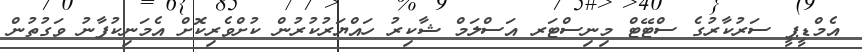
އެމްޑީޕީ ސަރުކާރުގެ ސްޓޭޓް މިނިސްޓަރ އަސްލަމް ޝާކިރު ހައްޔަރުކުރުން ކުށްވެރިކޮށް އެމަނިކުފާނު ވަގުތުން